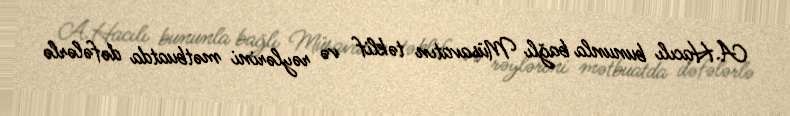
A.Hacılı bununla bağlı Müsavatın təklif və rəylərini mətbuatda dəfələrlə